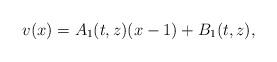
LaTeX: \begin{align*}v(x)=A_{1}(t,z)(x-1)+B_{1}(t,z), \end{align*}